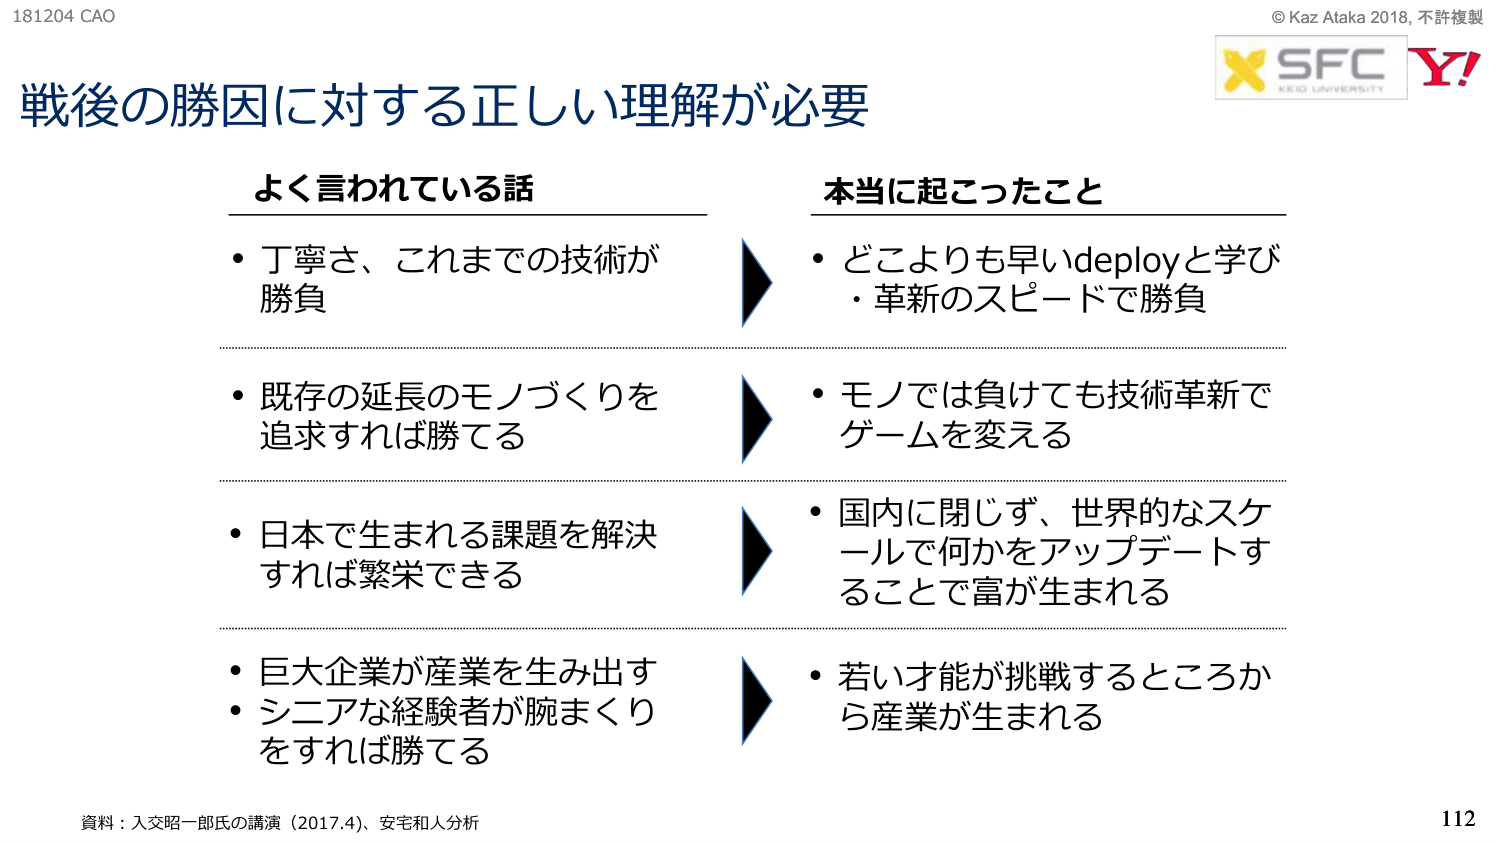
181204 CAO
戦後の勝因に対する正しい理解が必要
よく言われている話
・丁寧さ、これまでの技術が勝負
・既存の延長のモノづくりを追求すれば勝てる
・日本で生まれる課題を解決すれば繁栄できる
・巨大企業が産業を生み出す
・シニアな経験者が腕まくりをすれば勝てる
本当に起こったこと
・どこよりも早いdeployと学び
・革新のスピードで勝負
・モノでは負けても技術革新でゲームを変える
・国内に閉じず、世界的なスケールで何かをアップデートすることで富が生まれる
・若い才能が挑戦するところから産業が生まれる
資料：入交昭一郎氏の講演（2017.4）、安宅和人分析
© Kaz Ataka 2018, 不許複製
SFC
KEIO UNIVERSITY
Y!
112